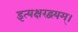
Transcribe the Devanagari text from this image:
इत्यक्षरद्वयम्।